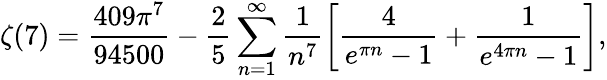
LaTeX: \zeta(7)=\frac{409\pi^{7}}{94500}-\frac{2}{5}\sum_{n=1}^{\infty}\frac{1}{n^{7}}\left[\frac{4}{e^{\pi n}-1}+\frac{1}{e^{4\pi n}-1}\right],